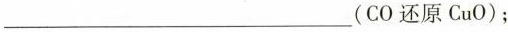
___(CO还原CuO)；